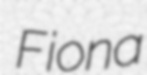
Fiona